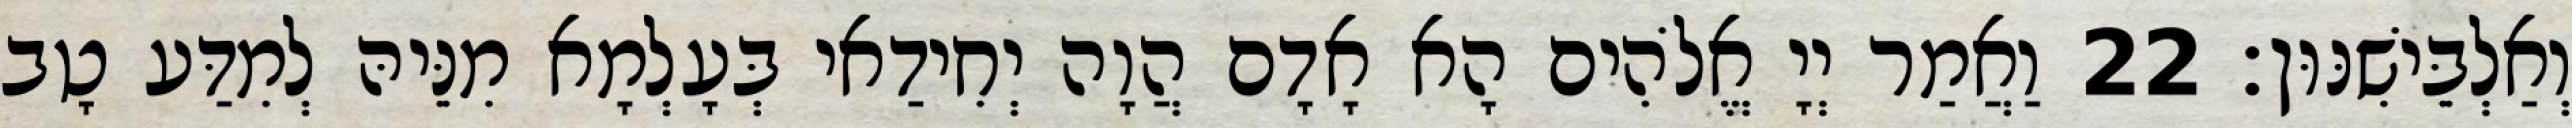
וְאַלְבֵּישִׁנּוּן׃ 22 וַאֲמַר יְיָ אֱלֹהִים הָא אָדָם הֲוָה יְחִידַאי בְּעָלְמָא מִנֵּיהּ לְמִדַּע טָב